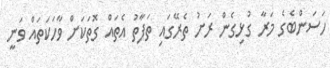
ހަސަންބެގެ މަރާ ގުޅިގެން ރަށު ތެރޭގައި ތަފާތު އެތައް ގޮތަކަށް ވާހަކަތައް ވަނީ